Civil Veterinary Department. Madras. Admin. report 1926-33 - 1926-1933
Year: 1926
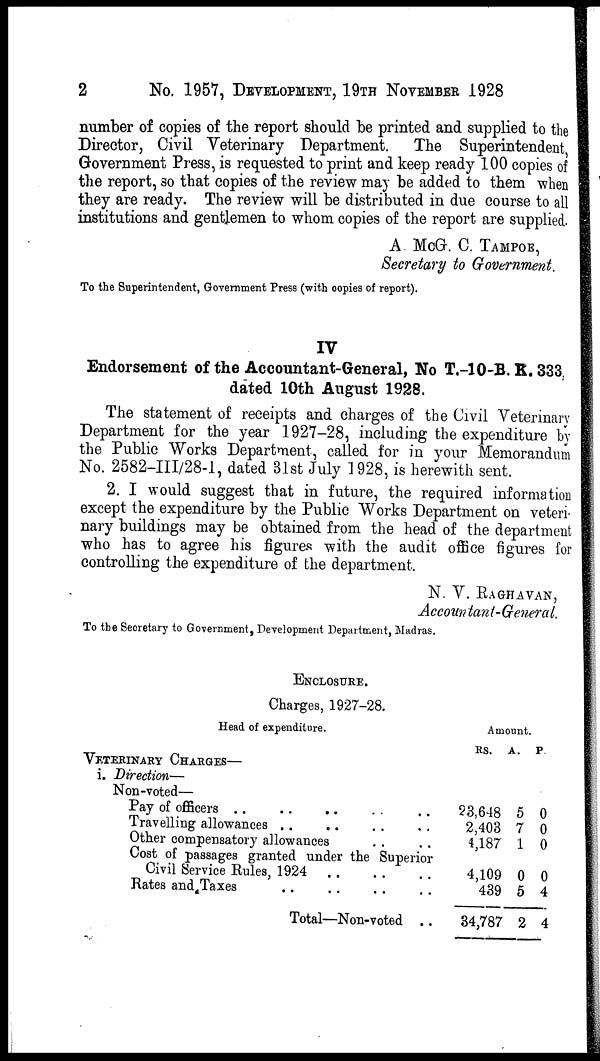
2
No. 1957, DEVELOPMENT, 19TH NOVEMBER 1928
number of copies of the report should be printed and supplied to the
Director, Civil Teterinary Department.
The Superintendent,
Government Press, is requested to print and keep ready 100 copies of
the report, so that copies of the review may be added to them when
they are ready. The review will be distributed in due course to all
institutions and gentlemen to whom copies of the report are supplied.
A McG. C. TAMPOE,
Secretary to Government.
To the Superintendent, Government Press (with copies of report).
IV
Endorsement of the Accountant-General, No T.-10-B. K. 383
dated 10th August 1928.
The statement of receipts and charges of the Civil Veterinary
Department for the year 1927-28, including the expenditure by
the Public Works Department, called for in your Memorandum
No. 2582-III/28-1, dated 31st July 1928, is herewith sent.
2. I would suggest that in future, the required information
except the expenditure by the Public Works Department on veteri
nary buildings may be obtained from the head of the department
who has to agree his figures with the audit office figures for
controlling the expenditure of the department.
N. V. RAGHVAN,
Accountant-Qeneral,
To the Secretary to Government, Development Department, Madras.
ENCLOSURE.
Charges, 1927-28.
Head of expenditure.
VETERINARY CHARGES—
i. Direction—
Non-voted—
Pay of officers .. .. .. .. ..
Travelling allowances
..
..
..
..
Other compensatory allowances .. ..
Cost of passages granted under the Superior
Civil Service Rules, 1924
..
..
..
Rates and Taxes .. .. .. ..
Total—Non-voted ..
Amount.
RS.
23,648
2,403
4,187
4,109
439
34,787
A.
5
7
1
0
5
2
P.
0
0
0
0
4
4